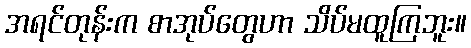
အရင်တုန်းက စာအုပ်တွေဟာ သိပ်မထူကြဘူး။